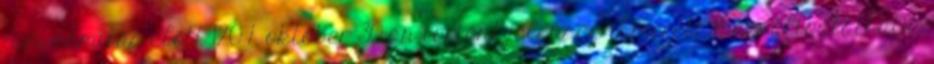
időszámítás előtt 1207. október 30-án történt jelenség ismerete megváltoztathatja